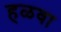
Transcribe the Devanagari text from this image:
हळवा